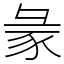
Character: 𧰲